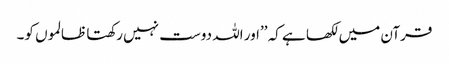
قرآن میں لکھا ہے کہ ’’اور اللہ دوست نہیں رکھتا ظالموں کو۔